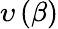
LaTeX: \upsilon\left(\beta\right)